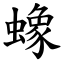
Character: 蟓